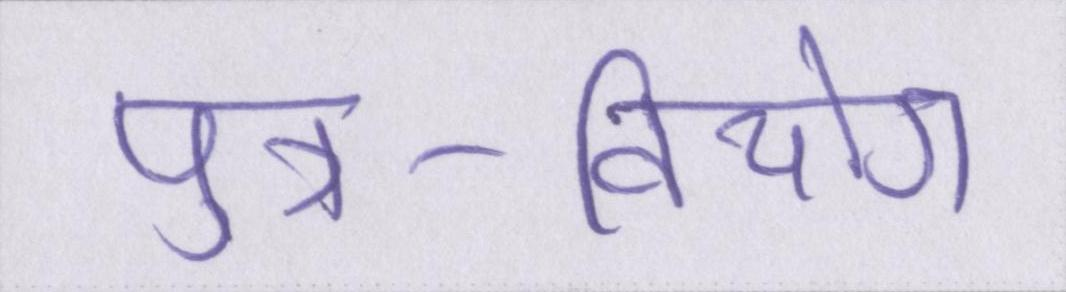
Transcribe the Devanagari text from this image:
पुत्र-वियोग